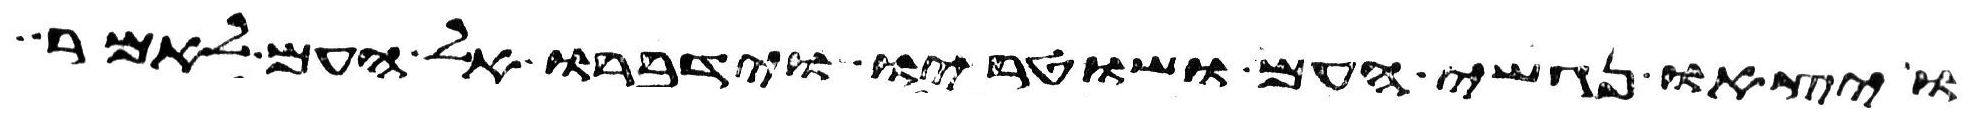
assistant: ויצאו נגשי העם ושוטריו וידברו אל העם לאמר